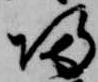
帰